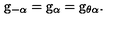
\mathrm { \sl g } _ { - \alpha } = \mathrm { \sl g } _ { \alpha } = \mathrm { \sl g } _ { \theta \alpha } .